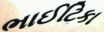
ભાઈટિકા